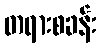
တရားစခန်း